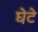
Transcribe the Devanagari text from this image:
घेटे